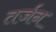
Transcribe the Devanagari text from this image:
तर्जन